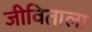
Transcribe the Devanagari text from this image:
जीविताला